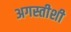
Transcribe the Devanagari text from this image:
अगस्तीशी